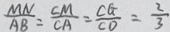
\frac { M N } { A B } = \frac { C M } { C A } = \frac { C G } { C D } = \frac { 2 } { 3 }